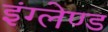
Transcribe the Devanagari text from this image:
इंग्लेण्ड